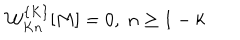
{ \cal W } _ { K n } ^ { \{ K \} } [ M ] = 0 , \; n \geq 1 - k